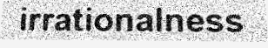
irrationalness